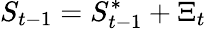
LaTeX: S_{t-1}=S_{t-1}^{*}+\Xi_{t}